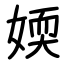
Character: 媆